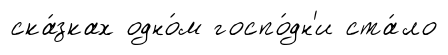
ска́зках одно́м госпо́дн'и ста́ло